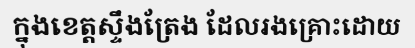
ក្នុងខេត្តស្ទឹងត្រែង ដែលរងគ្រោះដោយ